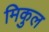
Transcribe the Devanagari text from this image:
मिकुल